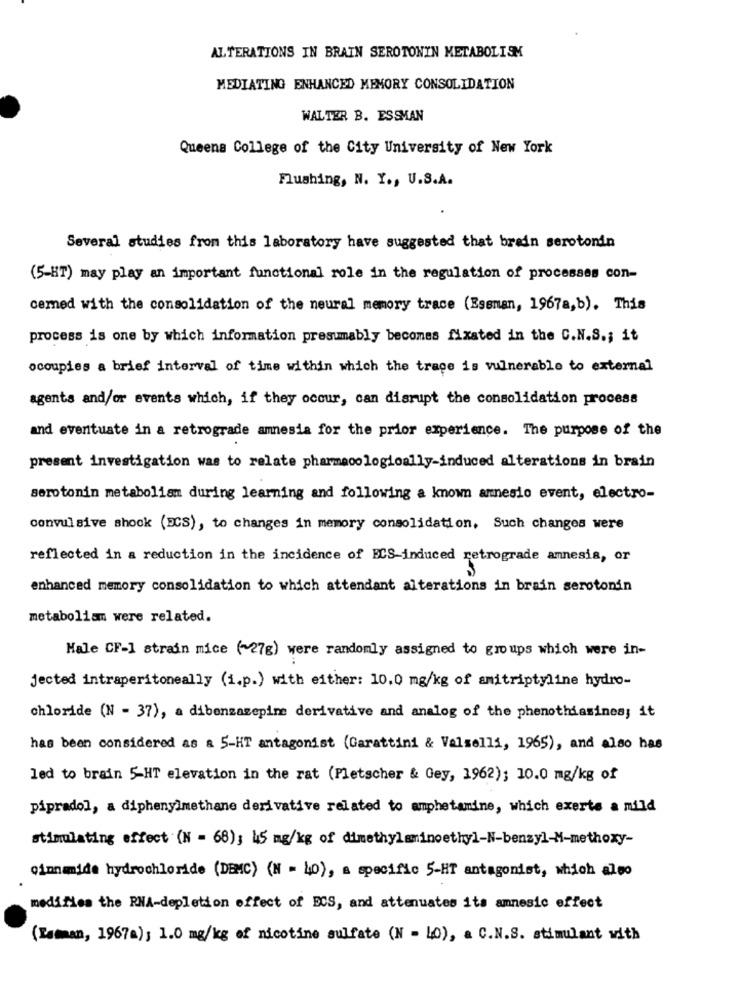
ALTERATIONS IN BRAIN SEROTONIN METABOLISM
MEDIATING ENHANCED MEMORY CONSOLIDATION
WALTER B. ESSMAN
Queens College of the City University of New York
Flushing, N. Y ., U.S.A.
Several studies from this laboratory have suggested that brain serotonin
(5-HT) may play an important functional role in the regulation of processes con-
cemed with the consolidation of the neural memory trace (Essnan, 1967a,b). This
process is one by which information presumably becomes fixated in the C.N.S .; it
ocoupies a brief interval of time within which the trage is vulnerable to external
agents and/or events which, if they occur, can disrupt the consolidation process
and eventuate in a retrograde amnesia for the prior experience. The purpose of the
present investigation was to relate pharmacologically-induced alterations in brain
serotonin metabolism during learning and following a known annesio event, electro-
convulsive shock (DCS), to changes in memory consolidation, Such changes were
reflected in a reduction in the incidence of ECS-induced retrograde amnesia, or
enhanced memory consolidation to which attendant alterations in brain serotonin
metaboliam were related.
Male CF-] strain mice (~27g) were randomly assigned to groups which were in-
jected intraperitoneally (i.p.) with either: 10.0 mg/kg of amitriptyline hydro-
chloride (N - 37), a dibenzasepire derivative and analog of the phenothiaminea; it
has been considered as a 5-HT antagonist (Garattini & Valselli, 1965), and also has
led to brain 5-HT elevation in the rat (Pletscher & Gey, 1962); 10.0 mg/kg of
pipradol, a diphenylmethane derivative related to amphetamine, which exerts a mild
stimulating effect (N = 68); 45 mg/kg of dimethylaminoethyl-N-benzyl-M-methoxy-
Qimnamide hydrochloride (DEMC) (N = 40), a specific 5-HT antagonist, which also
modifies the RNA-depletion effect of ECS, and attenuates its amnesic effect
(Ramman, 1967a); 1.0 mg/kg of nicotine sulfate (N - LO), a C.N.S. stimulant with